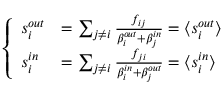
\left\{ \begin{array} { l l } { s _ { i } ^ { o u t } } & { = \sum _ { j \neq i } \frac { f _ { i j } } { \beta _ { i } ^ { o u t } + \beta _ { j } ^ { i n } } = \langle s _ { i } ^ { o u t } \rangle } \\ { s _ { i } ^ { i n } } & { = \sum _ { j \neq i } \frac { f _ { j i } } { \beta _ { i } ^ { i n } + \beta _ { j } ^ { o u t } } = \langle s _ { i } ^ { i n } \rangle } \end{array} \right.